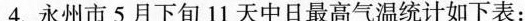
4.永州市5月下旬11天中日最高气温统计如下表：